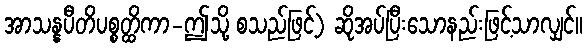
အာသန္နပီတိပစ္စတ္ထိကာ-ဤသို့ စသည်ဖြင့်) ဆိုအပ်ပြီးသောနည်းဖြင့်သာလျှင်။